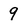
Character: 9